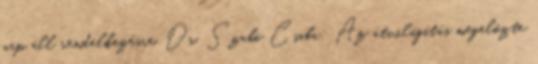
nap áll rendelkezésre. Dr. Szabó Csaba: Az átvilágítás megelőzte